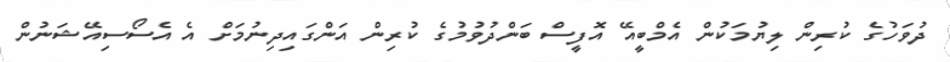
ދުވަހުގެ ކުރިން ލިޔުމަކުން އެމްބީއޭ އޮފީސް ބަންދުވުމުގެ ކުރިން އަންގައިދިނުމަށް އެ އެސޯސިއޭޝަނުން